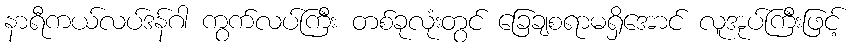
နာရီကယ်လပ်ဒန်ဂါ ကွက်လပ်ကြီး တစ်ခုလုံးတွင် ခြေချစရာမရှိအောင် လူအုပ်ကြီးဖြင့်